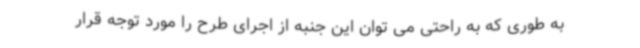
به طوری که به راحتی می توان این جنبه از اجرای طرح را مورد توجه قرار